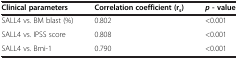
<table><thead><tr><td><b>Clinical parameters</b></td><td><b>Correlation coefficient (r<sub>s</sub>)</b></td><td><b><i>p </i>- value</b></td></tr></thead><tbody><tr><td>SALL4 vs. BM blast (%)</td><td>0.802</td><td>&lt;0.001</td></tr><tr><td>SALL4 vs. IPSS score</td><td>0.808</td><td>&lt;0.001</td></tr><tr><td>SALL4 vs. Bmi-1</td><td>0.790</td><td>&lt;0.001</td></tr></tbody></table>